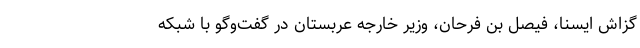
گزاش ایسنا، فیصل بن فرحان، وزیر خارجه عربستان در گفت‌وگو با شبکه